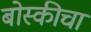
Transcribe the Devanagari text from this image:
बोस्कीचा